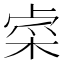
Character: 𨤐